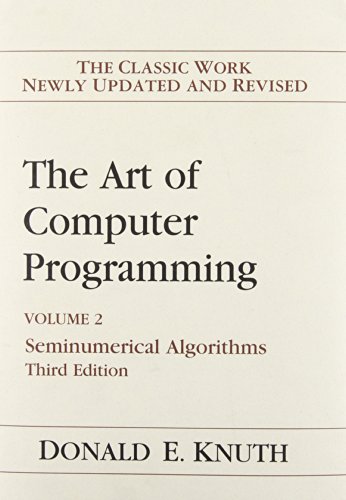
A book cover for Art of Computer Programming, Volume 2: Seminumerical Algorithms (3rd Edition); Donald E. Knuth; Computers & Technology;